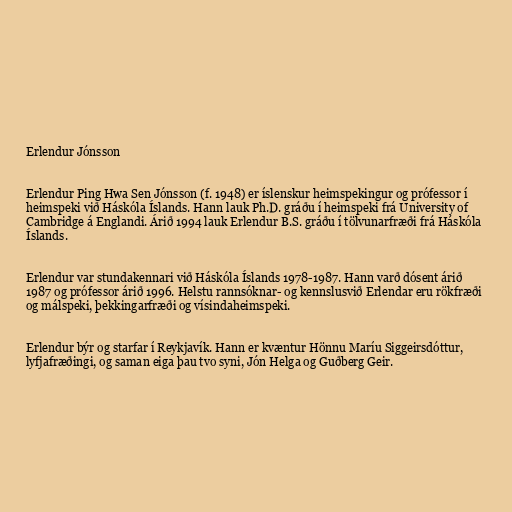
Erlendur Jónsson

Erlendur Ping Hwa Sen Jónsson (f. 1948) er íslenskur heimspekingur og prófessor í
heimspeki við Háskóla Íslands. Hann lauk Ph.D. gráðu í heimspeki frá University of
Cambridge á Englandi. Árið 1994 lauk Erlendur B.S. gráðu í tölvunarfræði frá Háskóla
Íslands.

Erlendur var stundakennari við Háskóla Íslands 1978-1987. Hann varð dósent árið
1987 og prófessor árið 1996. Helstu rannsóknar- og kennslusvið Erlendar eru rökfræði
og málspeki, þekkingarfræði og vísindaheimspeki.

Erlendur býr og starfar í Reykjavík. Hann er kvæntur Hönnu Maríu Siggeirsdóttur,
lyfjafræðingi, og saman eiga þau tvo syni, Jón Helga og Guðberg Geir.